EKP_Harju_Rajoonikomitee, lk 7
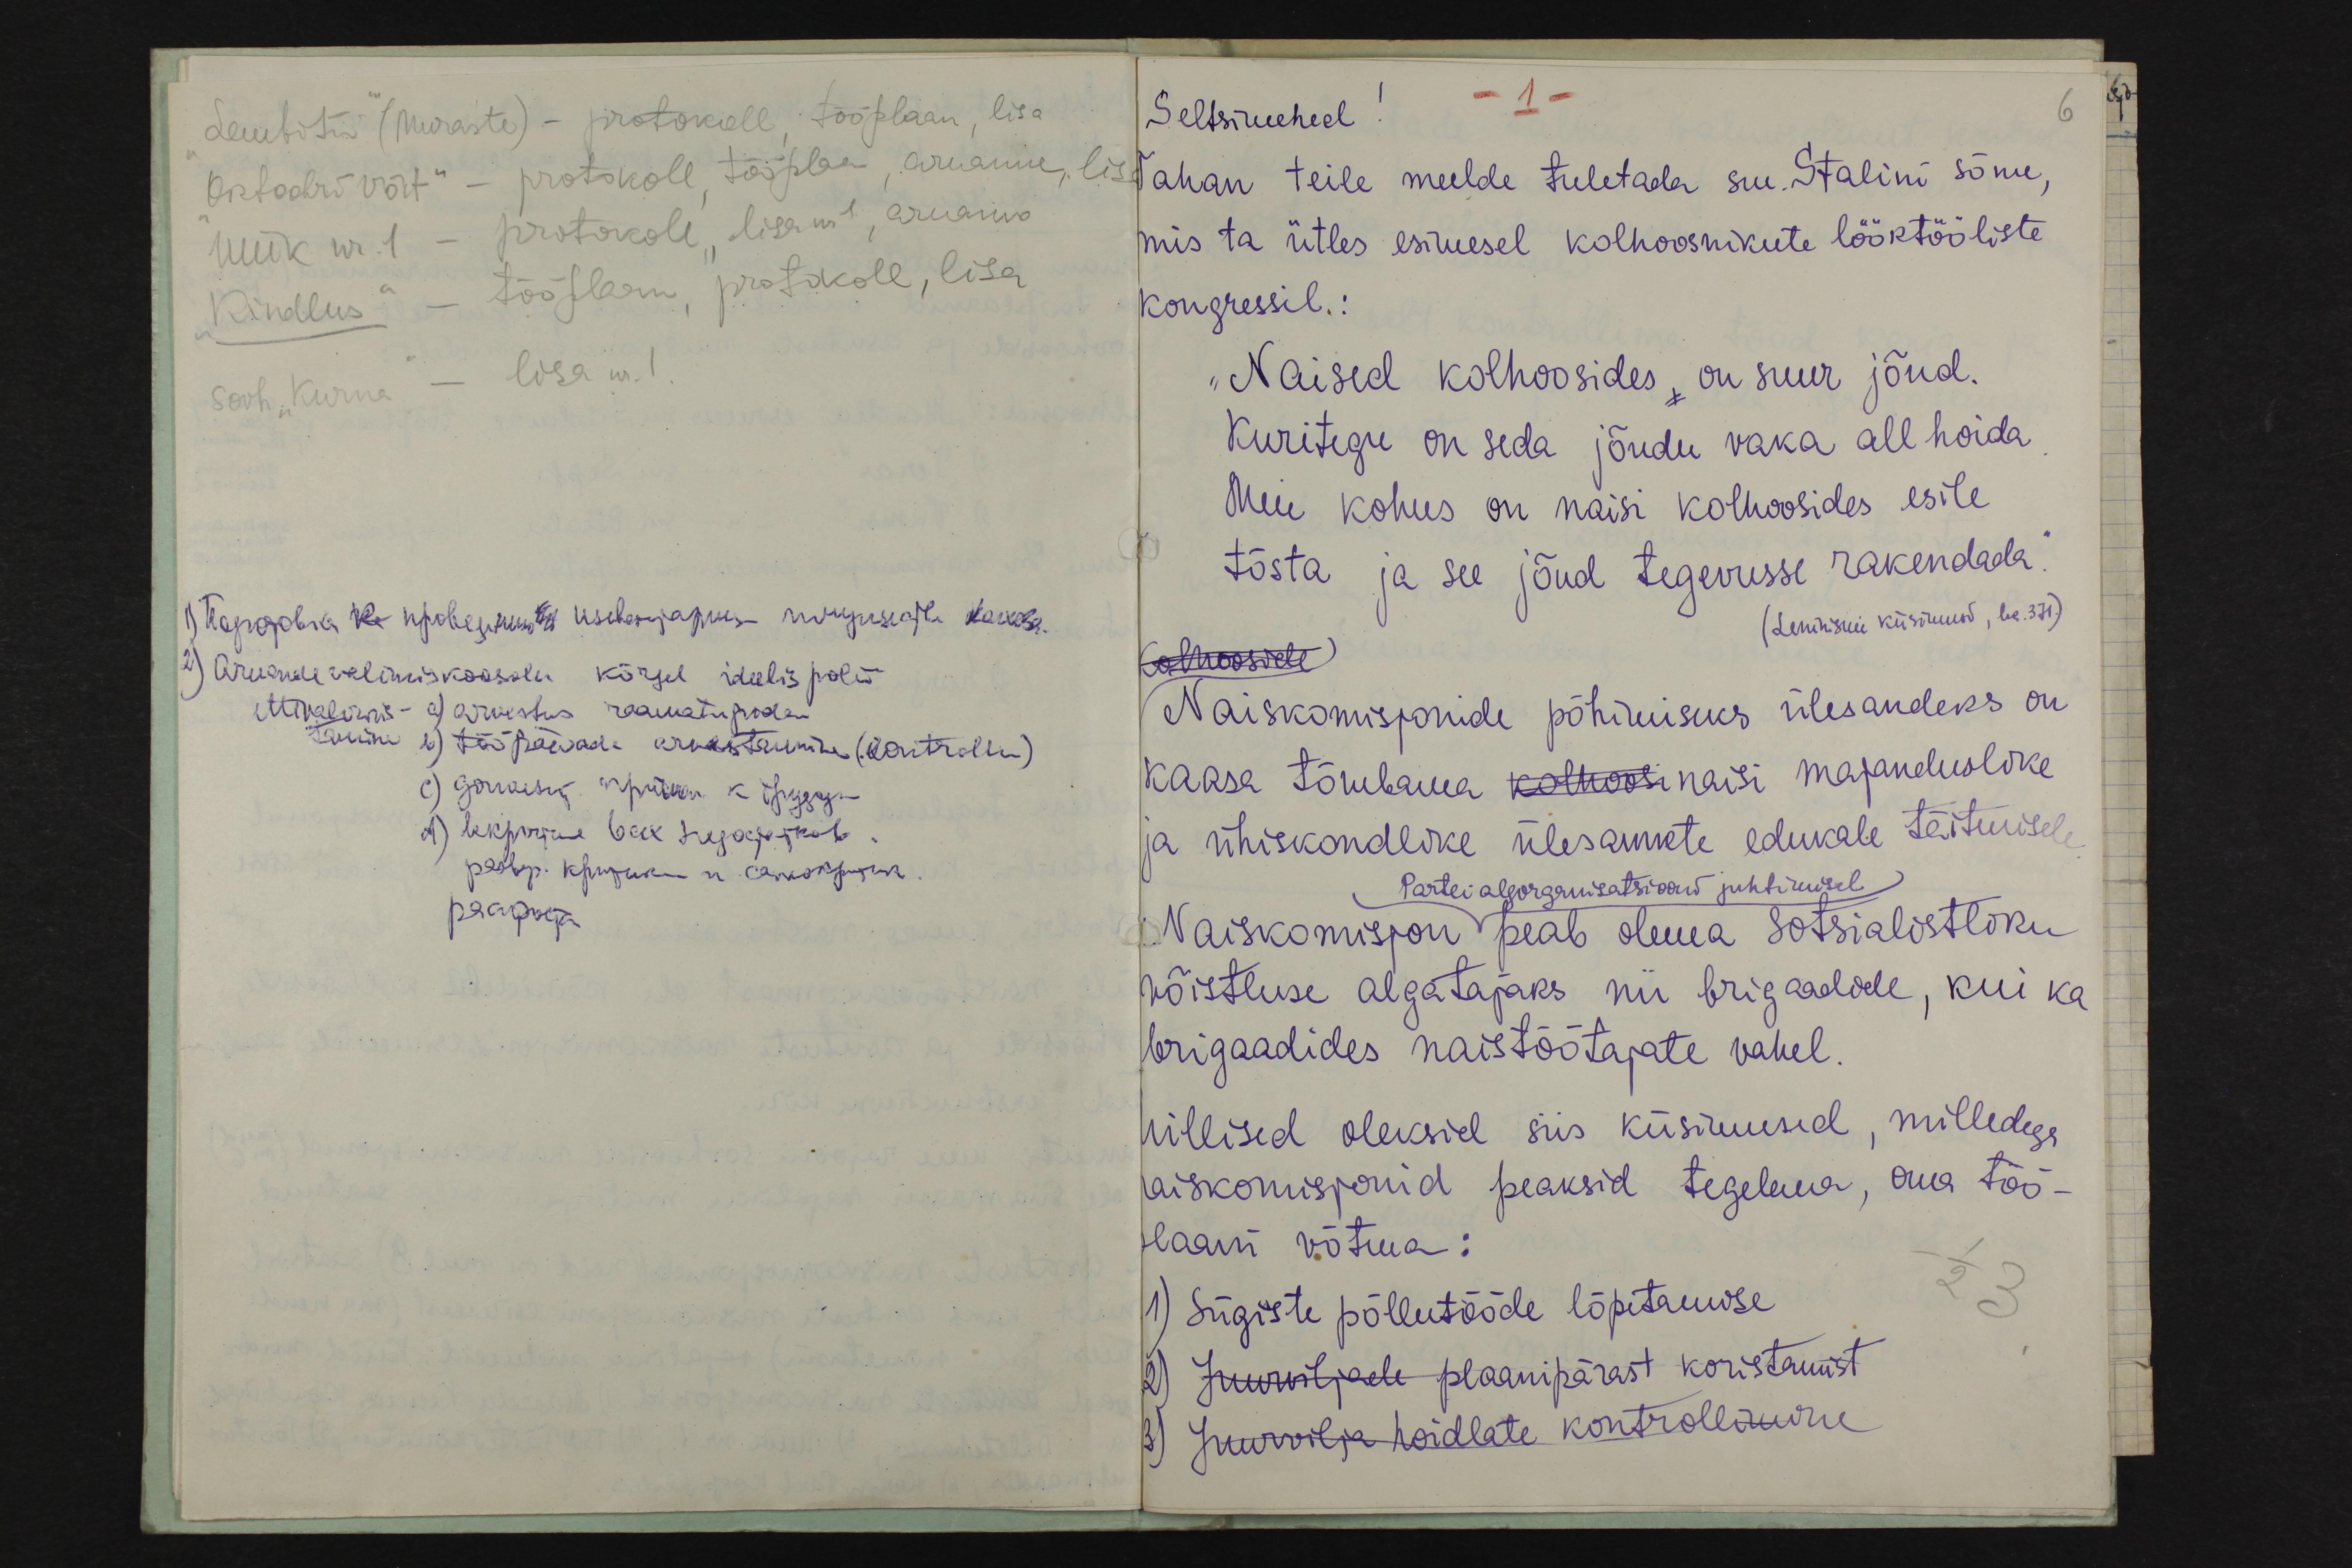
- 1 -
Tahan teile meelde tuletada sm. Stalini sõnu,
mis ta ütles esimesel kolhoosnikute lööktööliste
kongressil.:
"Naised kolhoosides on suur jõud.
Kuritegu on seda jõudu vaka all hoida
Meie kohus on naisi kolhoosides esile
tõsta ja see jõud tegevusse rakendada."
(Lennisuu küsimusd, ke.371.)
Naiskomisjonide põhimiseks ülesandeks on
kaasa tõmbama kolhoosi naisi majanduslike
ja ühiskondlike ülesannete edukale täitmisel
Partei algorgamisatsiooni juhtimisel
Naiskomisjon peab olema sotsialistliku
wõistluse algatajaks nii brigaadide, kui ka
brigaadides naistöötajate vahel.
illised oleksid siis küsimusid, milledega
jaiskomisjonid peaksid tegelema, oma töö-
laani võtma:
1) Sügiste põllutööde lõpetamise
- 1/2 3
Juurviljade plaanipärast koristamist
Juurvilja hoidlate kontrollikure

6

"Lembitu" (Muraste) - protokoll tööplaan, lisa
"Oktoobri Võit" - protokoll, tööplaan, aruanne, lisa
muk nr. 1 - protokoll, lisa nr , aruanne
Kindlus" - tööplaan, protokoll, lisa
sovh "Kurna" - lisa nr. 1.
2) Aruande valimiskoosolek kõrgel ideelispolii
ettivalmis- a) arvestus raamatupidam
tamine b) tööpäevade arvastamine (kontrollim)